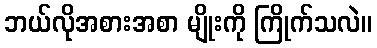
ဘယ်လိုအစားအစာ မျိုးကို ကြိုက်သလဲ။